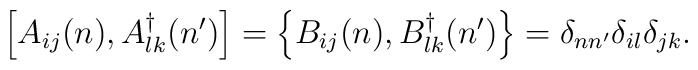
\left[A_{ij}(n),A_{lk}^{\dag}(n')\right] =\left\{B_{ij}(n),B_{lk}^{\dag}(n')\right\} =\delta_{nn'}\delta_{il}\delta_{jk} .